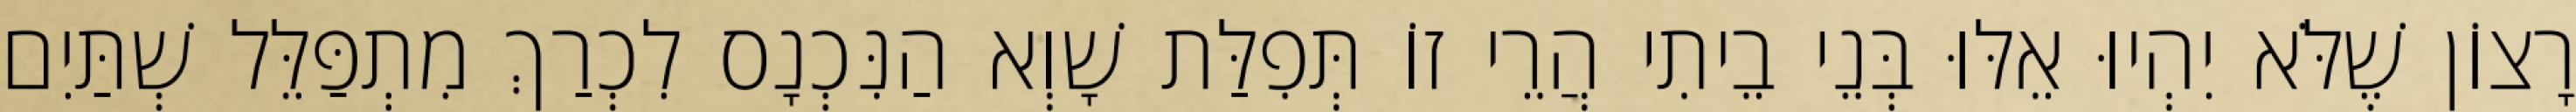
רָצוֹן שֶׁלֹּא יִהְיוּ אֵלּוּ בְּנֵי בֵיתִי הֲרֵי זוֹ תְּפִלַּת שָׁוְא הַנִּכְנָס לִכְרַךְ מִתְפַּלֵּל שְׁתַּיִם